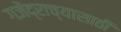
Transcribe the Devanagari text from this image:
गजेंद्राच्यासाठी